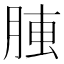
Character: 𦝏